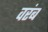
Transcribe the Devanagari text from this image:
वरंब